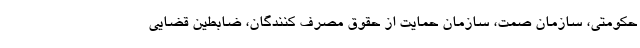
حکومتی، سازمان صمت، سازمان حمایت از حقوق مصرف کنندگان، ضابطین قضایی